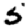
Digit: 5